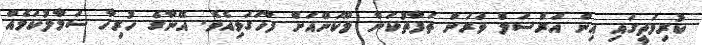
ކުރިމަތީގައި އިން އަރްސަލް ވަރަށް ތަފާތުކަން ލޫކަންއަށް ފާހަގަވިއެވެ. އޭނާގެ ހުރިހާ ސަމާލުކަމެއް